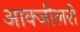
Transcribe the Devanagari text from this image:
आक्जीलरी